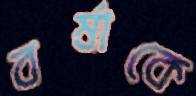
বর্ষাকে